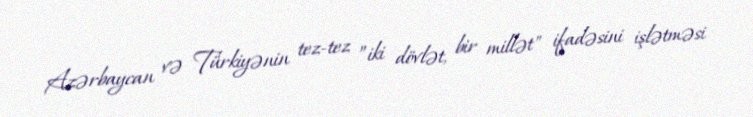
Azərbaycan və Türkiyənin tez-tez ”iki dövlət, bir millət" ifadəsini işlətməsi